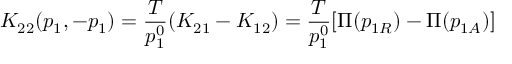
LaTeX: K _ { 2 2 } ( p _ { 1 } , - p _ { 1 } ) = { \frac { T } { p _ { 1 } ^ { 0 } } } ( K _ { 2 1 } - K _ { 1 2 } ) = { \frac { T } { p _ { 1 } ^ { 0 } } } [ \Pi ( p _ { 1 R } ) - \Pi ( p _ { 1 A } ) ]